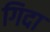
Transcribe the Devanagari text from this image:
गिदा